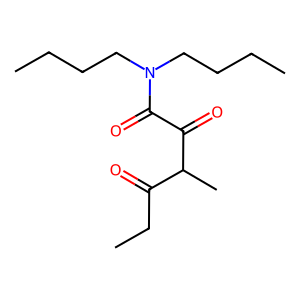
SMILES: CCCCN(CCCC)C(=O)C(=O)C(C)C(=O)CC
Inhibits HIV replication: No